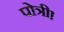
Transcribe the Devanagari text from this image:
पोत्री।